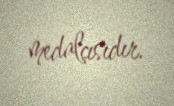
medalçısıdır.